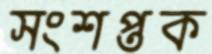
সংশপ্তক